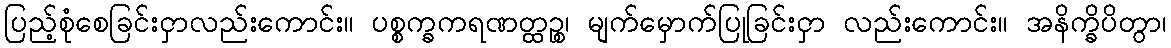
ပြည့်စုံစေခြင်းငှာလည်းကောင်း။ ပစ္စက္ခကရဏတ္ထဉ္စ၊ မျက်မှောက်ပြုခြင်းငှာ လည်းကောင်း။ အနိက္ခိပိတွာ၊